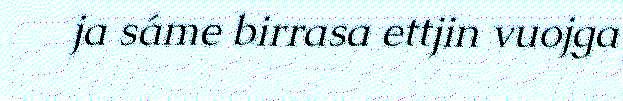
ja sáme birrasa ettjin vuojga